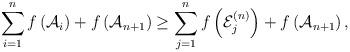
LaTeX: \begin{align*}\sum_{i=1}^n f \left( \mathcal{A}_i \right) + f\left(\mathcal{A}_{n+1} \right)\geq\sum_{j=1}^n f \left( \mathcal{E}_j^{(n)} \right)+ f\left(\mathcal{A}_{n+1} \right),\end{align*}